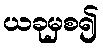
ယခုမှစ၍